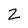
Character: Z